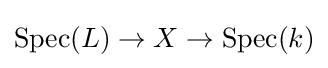
\operatorname {Spec} (L)\to X\to \operatorname {Spec} (k)